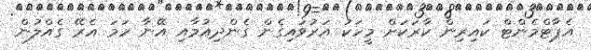
އެޕާޓްމެންޓް ކައިރިން ކާރަކަށް މީހަކު އަރުވައިގެން ގެންދިއުމާއި އޭނާ ހަމަ އެރޭ ގެއްލުން